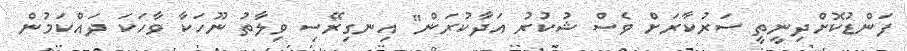
ފަންޑުކޮށްދިނީތީ ސަރުކާރަށް ވެސް ޝުކުރު އަދާކުރަން" އިނގިރޭސި ވިލާތު ނޫހަކާ ވާހަކަ ދައްކަމުން